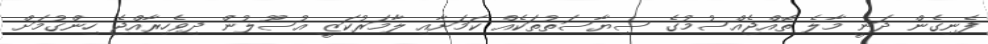
ފެނިގެން ދަނީ މާލެ ތޮއްޖެއްސުމުގެ ސިޔާސަތުތަކެއް ކަމަށާއި ލާމަރުކަޒީ އުސޫލުން ދިވެހިރާއްޖެ ހިންގުމަށް